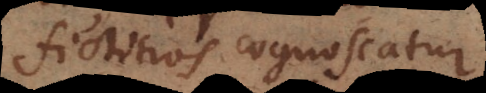
fictitios cognoscatur.